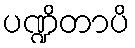
ပဏ္ဍိတာပိ